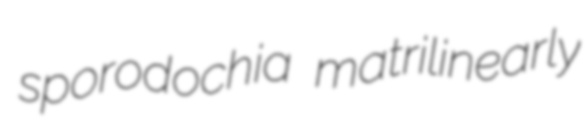
sporodochia matrilinearly